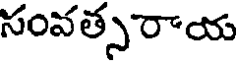
సంవత్సరాయ